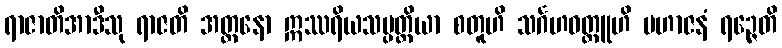
ရာဇာတိအာဒီသု ရာဇတိ အတ္တနော ဣဿရိယသမ္ပတ္တိယာ စတူဟိ သင်္ဂဟဝတ္ထူဟိ မဟာဇနံ ရဉ္ဇေတိ